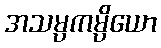
အသမ္ပကမ္ပိယော